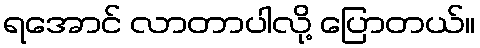
ရအောင် လာတာပါလို့ ပြောတယ်။